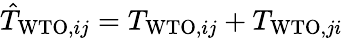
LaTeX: \begin{array}{r}{\hat{T}_{\mathrm{WTO},ij}=T_{\mathrm{WTO},ij}+T_{\mathrm{WTO},ji}}\end{array}